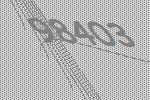
98403